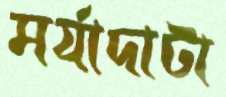
মর্যাদাটা